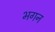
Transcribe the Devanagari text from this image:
भगन